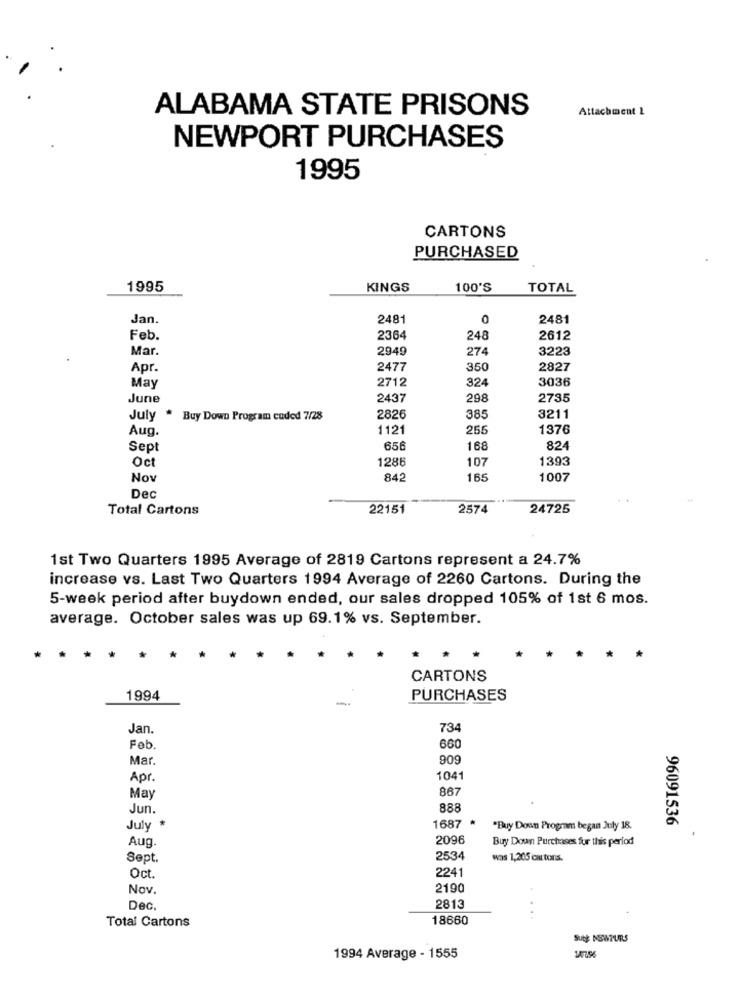
ALABAMA STATE PRISONS
Attachment 1
NEWPORT PURCHASES
1995
CARTONS
PURCHASED
1995
KINGS
100'S
TOTAL
Jan.
2481
0
2481
Feb.
2364
248
2612
Mar.
2949
274
3223
Apr.
2477
350
2827
324
3036
May
2712
June
2437
298
2735
July . Buy Down Program coded 7/28
2826
385
3211
Aug.
1121
255
1376
Sept
65
168
824
Oct
1286
1393
107
Nov
842
165
1007
Dec
Total Cartons
22151
2574
24725
1st Two Quarters 1995 Average of 2819 Cartons represent a 24.7%
increase vs. Last Two Quarters 1994 Average of 2260 Cartons. During the
5-week period after buydown ended, our sales dropped 105% of 1st 6 mos.
average. October sales was up 69.1% vs. September.
*
CARTONS
1994
-
PURCHASES
Jan.
734
Feb.
660
Mar.
909
Apr.
1041
867
May
Jun.
888
1687 *
96091536
July
"Buy Down Program began July 18.
Aug.
2096
Buy Down Purchases for this period
Sept.
2534
was 1,205 cal tons.
2241
Oct.
Nov.
2190
Dec.
2813
Total Cartons
18660
Sutt: NEWTURS
1994 Average - 1555